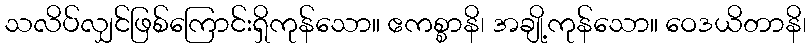
သလိပ်လျှင်ဖြစ်ကြောင်းရှိကုန်သော။ ဧကစ္စာနိ၊ အချို့ကုန်သော။ ဝေဒယိတာနိ၊